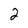
Character: 2